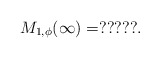
\begin{align*}M_{1,\phi}(\infty)=?????.\end{align*}